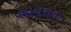
શાયરાના